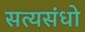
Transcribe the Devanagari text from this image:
सत्यसंधो